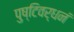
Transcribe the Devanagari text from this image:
पुष्टिवर्धनं